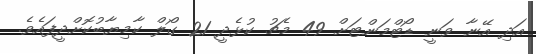
އަދި އޭނާ ވަނީ ޑޯޓްމަންޓަށް 49 މެޗު ކުޅެދީ 21 ގޯލް ކާމިޔާބުކޮށްދީފައެވެ.